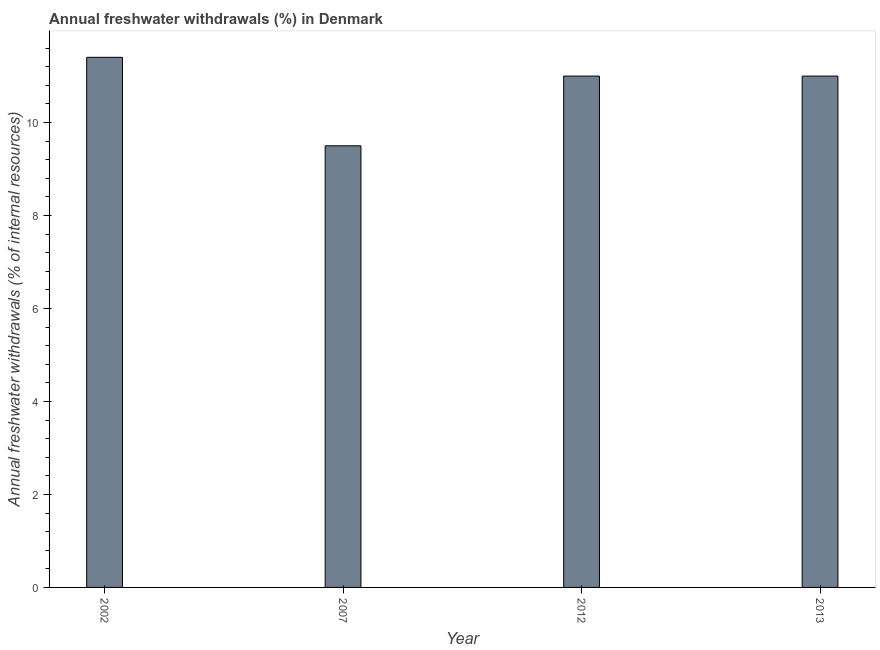
| Year | Annual freshwater withdrawals |
 | --- | --- |
 | 2002 | 11.4 |
 | 2007 | 9.5 |
 | 2012 | 11 |
 | 2013 | 11 |